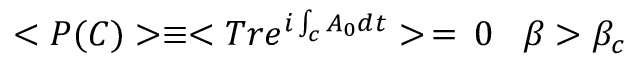
< P ( C ) > \equiv < T r e ^ { i \int _ { c } A _ { 0 } d t } > \, = \, 0 \; \; \; \beta > \beta _ { c }